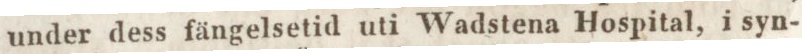
under dess fängelsetid uti Wadstena Hospital, i syn-